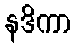
နဒိကာ